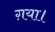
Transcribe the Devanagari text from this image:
ग़या।